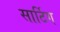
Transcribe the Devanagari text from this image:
सार्टिग